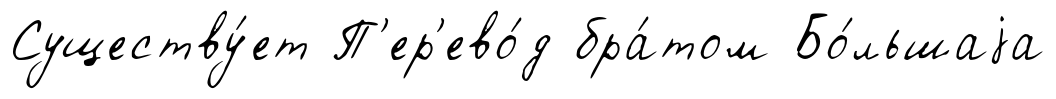
Существу́ет П'ер'ево́д бра́том Бо́льшаjа